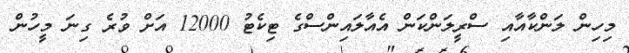
މިހިން ލަންކާއާއި ސްރީލަންކަން އެއާލައިންސްގެ ޓިކެޓު 12000 އަށް ވުރެ ގިނަ މީހުން